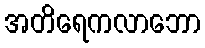
အတိရေကလာဘော